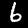
Label: 6